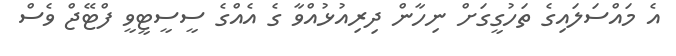
އެ މައްސަލައިގެ ތަހުގީގަށް ނިހާން ދިރިއުޅުއްވާ ގެ އެއްގެ ސީސީޓީވީ ފްޓޭޖް ވެސް